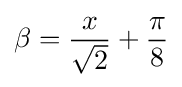
\beta ={\frac {x}{\sqrt {2}}}+{\frac {\pi }{8}}